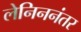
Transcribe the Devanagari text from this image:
लेनिननंतर